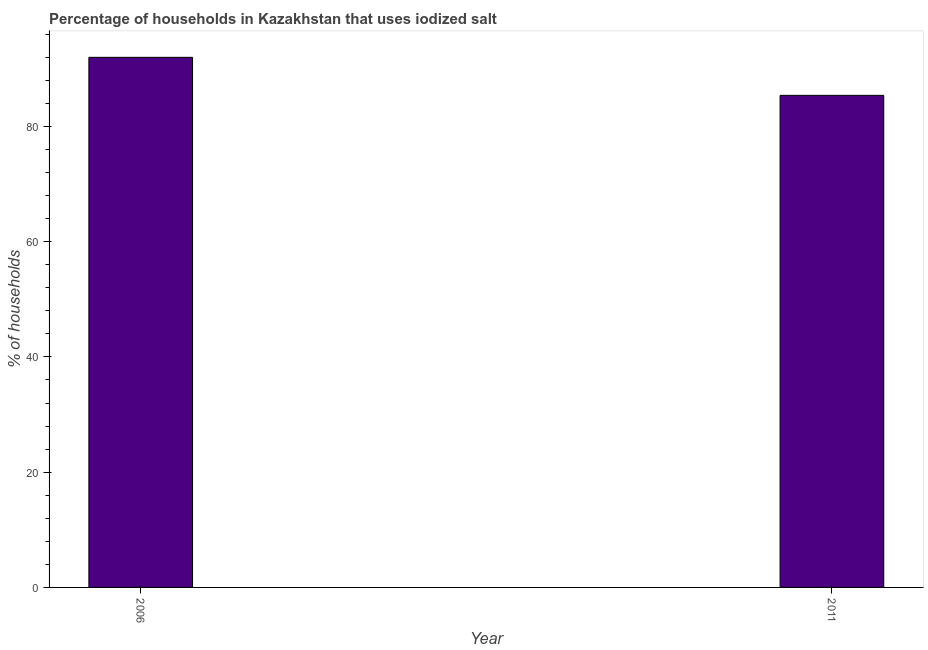
| Year | Consumption of iodized salt |
 | --- | --- |
 | 2006 | 92 |
 | 2011 | 85.4 |